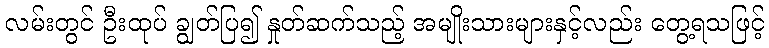
လမ်းတွင် ဦးထုပ် ချွတ်ပြ၍ နှုတ်ဆက်သည့် အမျိုးသားများနှင့်လည်း တွေ့ရသဖြင့်